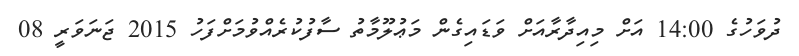
ދުވަހުގެ 14:00 އަށް މިއިދާރާއަށް ވަޑައިގެން މަޢުލޫމާތު ސާފުކުރެއްވުމަށްފަހު 2015 ޖަނަވަރީ 08